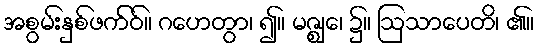
အစွမ်းနှစ်ဖက်ဝ်။ ဂဟေတွာ၊ ၍။ မဇ္ဈေ၊ ၌။ ဩသာပေတိ၊ ၏။